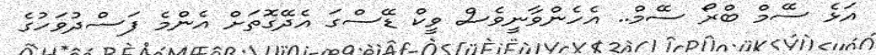
އަޅެ ސޭމް ބްރޯ ސޭމް.. އެހެންވާނީވެސް ވީކް ޑޭސްގަ އެދޭގޮތަށް އެންމެ ފަސްދުވަހުގެ